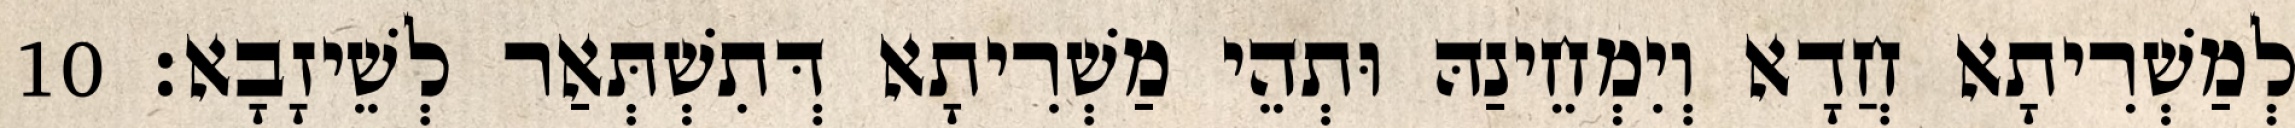
לְמַשְׁרִיתָא חֲדָא וְיִמְחֵינַהּ וּתְהֵי מַשְׁרִיתָא דְּתִשְׁתְּאַר לְשֵׁיזָבָא׃ 10